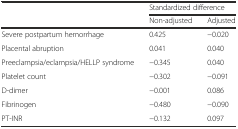
<table><thead><tr><td></td><td colspan="2"><b>Standardized difference</b></td></tr><tr><td></td><td><b>Non-adjusted</b></td><td><b>Adjusted</b></td></tr></thead><tbody><tr><td>Severe postpartum hemorrhage</td><td>0.425</td><td>−0.020</td></tr><tr><td>Placental abruption</td><td>0.041</td><td>0.040</td></tr><tr><td>Preeclampsia/eclampsia/HELLP syndrome</td><td>−0.345</td><td>0.040</td></tr><tr><td>Platelet count</td><td>−0.302</td><td>−0.091</td></tr><tr><td>D-dimer</td><td>−0.001</td><td>0.086</td></tr><tr><td>Fibrinogen</td><td>−0.480</td><td>−0.090</td></tr><tr><td>PT-INR</td><td>−0.132</td><td>0.097</td></tr></tbody></table>